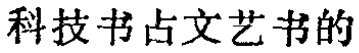
科技书占文艺书的